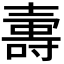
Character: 𡔽